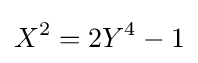
X^{2}=2Y^{4}-1